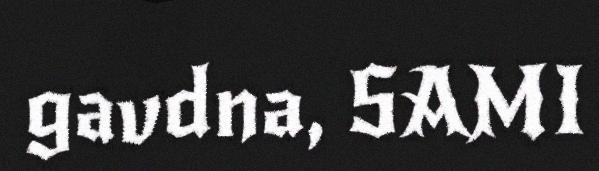
gavdna, SAMI